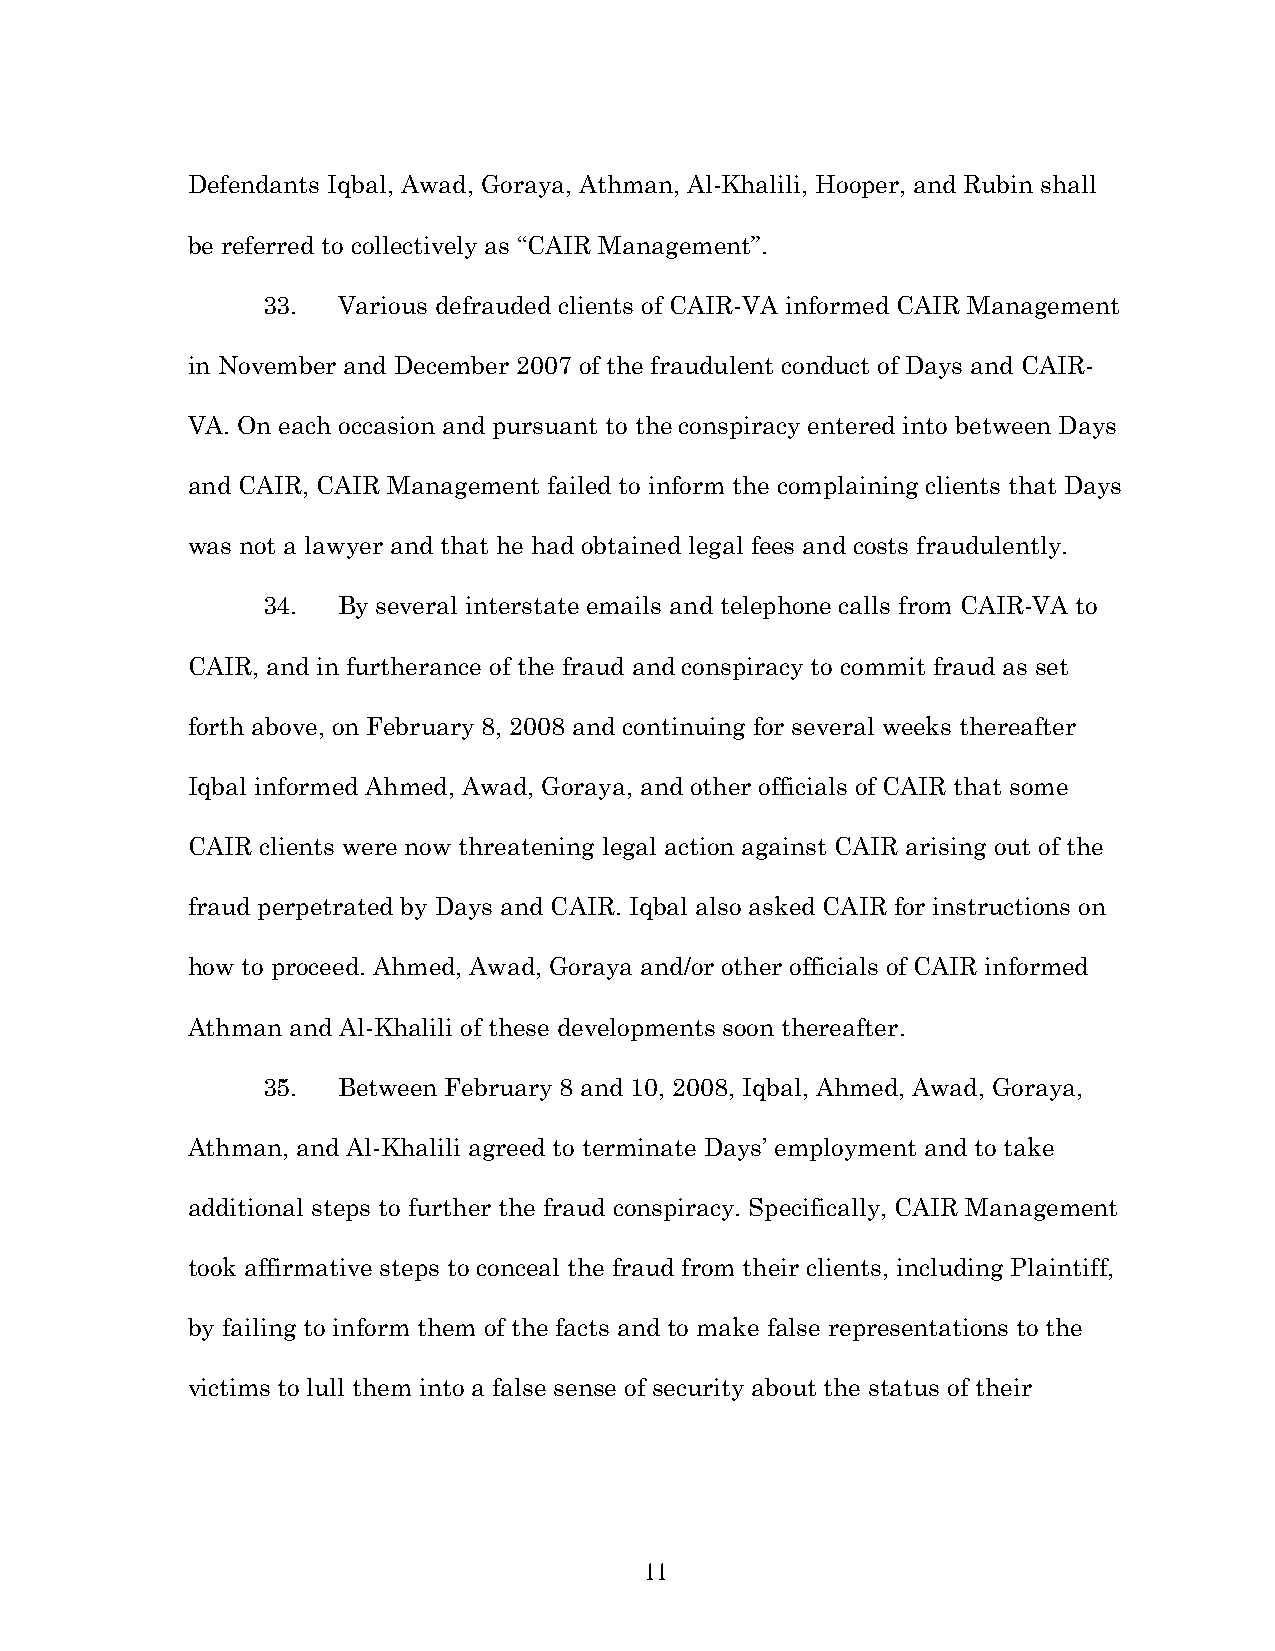
Defendants Iqbal, Awad, Goraya, Athman, Al-Khalili, Hooper, and Rubin shall
 be referred to collectively as “CAIR Management”.
 33.  Various defrauded clients of CAIR-VA informed CAIR Management
 in November and December 2007 of the fraudulent conduct of Days and CAIR-
 VA. On each occasion and pursuant to the conspiracy entered into between Days
 and CAIR, CAIR Management failed to inform the complaining clients that Days
 was not a lawyer and that he had obtained legal fees and costs fraudulently.
 34.  By several interstate emails and telephone calls from CAIR-VA to
 CAIR, and in furtherance of the fraud and conspiracy to commit fraud as set
 forth above, on February 8, 2008 and continuing for several weeks thereafter
 Iqbal informed Ahmed, Awad, Goraya, and other officials of CAIR that some
 CAIR clients were now threatening legal action against CAIR arising out of the
 fraud perpetrated by Days and CAIR. Iqbal also asked CAIR for instructions on
 how to proceed. Ahmed, Awad, Goraya and/or other officials of CAIR informed
 Athman and Al-Khalili of these developments soon thereafter.
 35.  Between February 8 and 10, 2008, Iqbal, Ahmed, Awad, Goraya,
 Athman, and Al-Khalili agreed to terminate Days’ employment and to take
 additional steps to further the fraud conspiracy. Specifically, CAIR Management
 took affirmative steps to conceal the fraud from their clients, including Plaintiff,
 by failing to inform them of the facts and to make false representations to the
 victims to lull them into a false sense of security about the status of their
 11